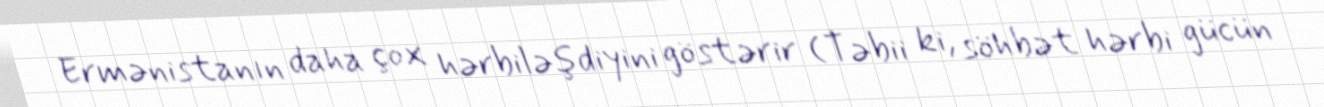
Ermənistanın daha çox hərbiləşdiyini göstərir (Təbii ki, söhbət hərbi gücün